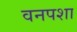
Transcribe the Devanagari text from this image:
वनपशा